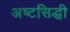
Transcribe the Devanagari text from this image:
अष्टसिद्धी